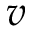
\boldsymbol { v }